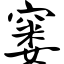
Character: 窭